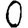
Digit: 0